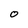
Character: O